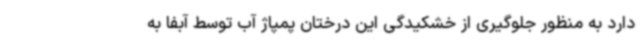
دارد به منظور جلوگیری از خشکیدگی این درختان پمپاژ آب توسط آبفا به